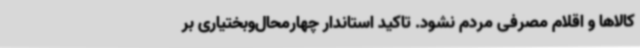
کالاها و اقلام مصرفی مردم نشود. تاکید استاندار چهارمحال‌وبختیاری بر